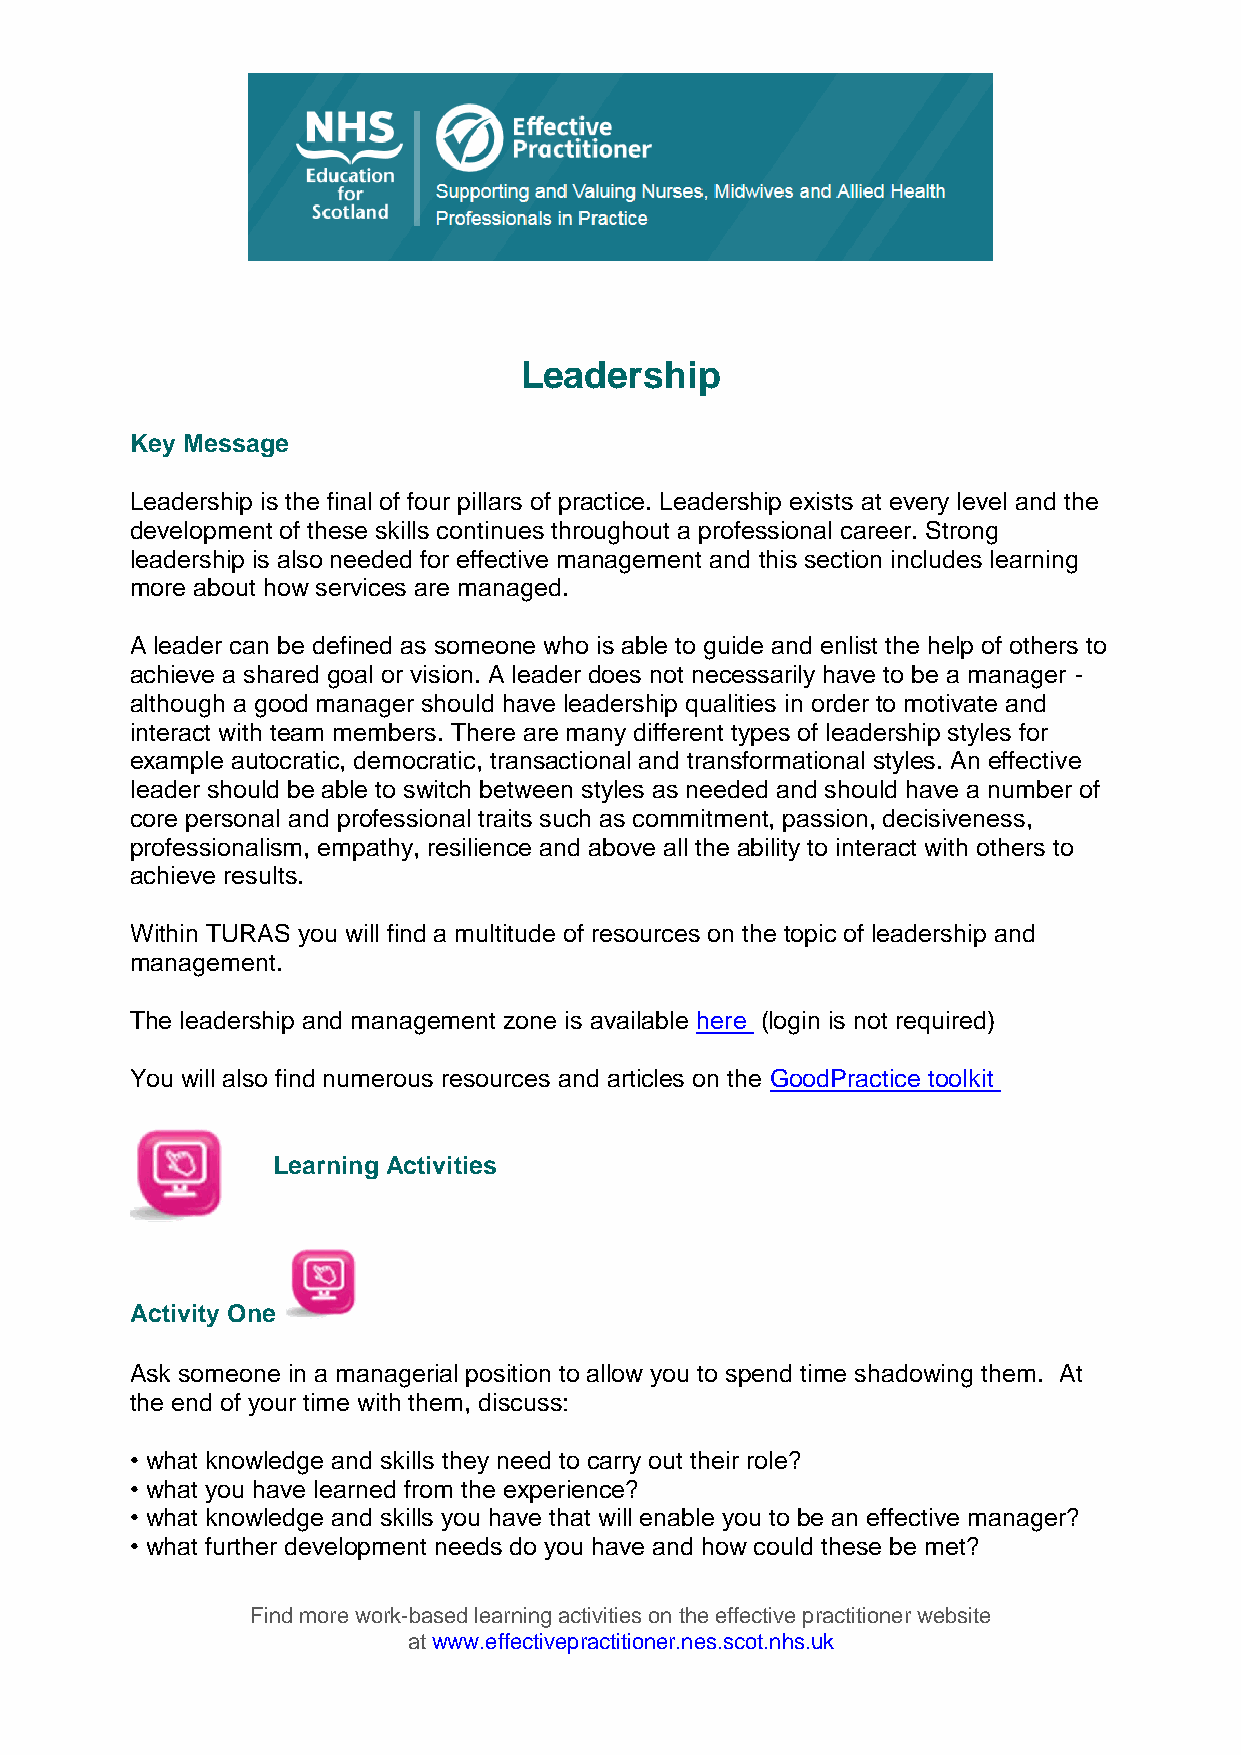
Leadership
 Key Message
 Leadership is the final of four pillars of practice. Leadership exists at every level and the
 development of these skills continues throughout a professional career. Strong
 leadership is also needed for effective management and this section includes learning
 more about how services are managed.
 A leader can be defined as someone who is able to guide and enlist the help of others to
 achieve a shared goal or vision. A leader does not necessarily have to be a manager -
 although a good manager should have leadership qualities in order to motivate and
 interact with team members. There are many different types of leadership styles for
 example autocratic, democratic, transactional and transformational styles. An effective
 leader should be able to switch between styles as needed and should have a number of
 core personal and professional traits such as commitment, passion, decisiveness,
 professionalism, empathy, resilience and above all the ability to interact with others to
 achieve results.
 Within TURAS you will find a multitude of resources on the topic of leadership and
 management.
 The leadership and management zone is available here (login is not required)
 You will also find numerous resources and articles on the GoodPractice toolkit
 Learning Activities
 Activity One
 Ask someone in a managerial position to allow you to spend time shadowing them. At
 the end of your time with them, discuss:
 • what knowledge and skills they need to carry out their role?
 • what you have learned from the experience?
 • what knowledge and skills you have that will enable you to be an effective manager?
 • what further development needs do you have and how could these be met?
 Find more work-based learning activities on the effective practitioner website
 at www.effectivepractitioner.nes.scot.nhs.uk